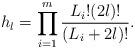
LaTeX: \begin{align*}h_l=\prod_{i=1}^m\frac{L_i!(2l)!}{(L_i+2l)!}.\end{align*}